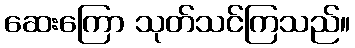
ဆေးကြော သုတ်သင်ကြသည်။